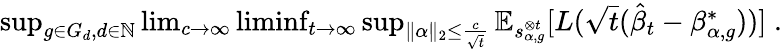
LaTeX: \begin{array}{r}{{\operatorname*{sup}_{g\in G_{d},d\in\mathbb{N}}\operatorname*{lim}_{c\to\infty}\operatorname*{liminf}_{t\to\infty}\operatorname*{sup}_{\| \alpha\| _{2}\leq\frac{c}{\sqrt t}}{\mathbb E}_{s_{\alpha,g}^{\otimes t}}[L(\sqrt{t}(\hat{\beta}_{t}-\beta_{\alpha,g}^{*}))]}\; .}\end{array}